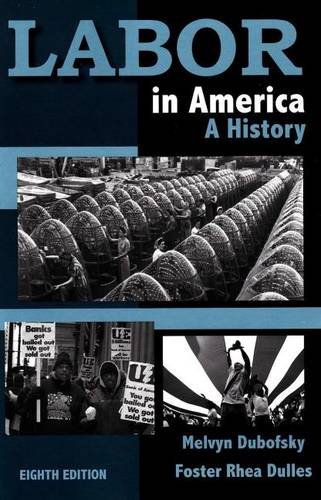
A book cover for Labor in America: A History; Melvyn Dubofsky; Business & Money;